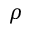
\boldsymbol { \rho }